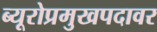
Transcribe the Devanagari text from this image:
ब्यूरोप्रमुखपदावर